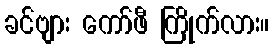
ခင်ဗျား ကော်ဖီ ကြိုက်လား။